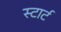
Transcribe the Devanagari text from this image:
स्‍टार्ट